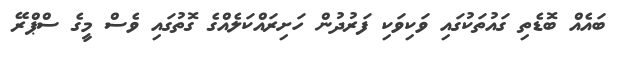
ބައެއް ބޮޑެތި ގައުތަކުގައި ވަކިވަކި ފަރުދުން ހަށިރައްކަލެއްގެ ގޮތުގައި ވެސް މީގެ ސްޕްރޭ